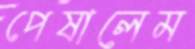
পেষালেম